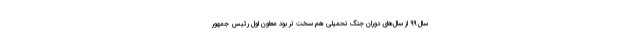
سال ۹۹ از سال‌های دوران جنگ تحمیلی هم سخت تر بود معاون اول رئیس جمهور